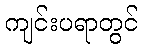
ကျင်းပရာတွင်